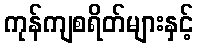
ကုန်ကျစရိတ်များနှင့်